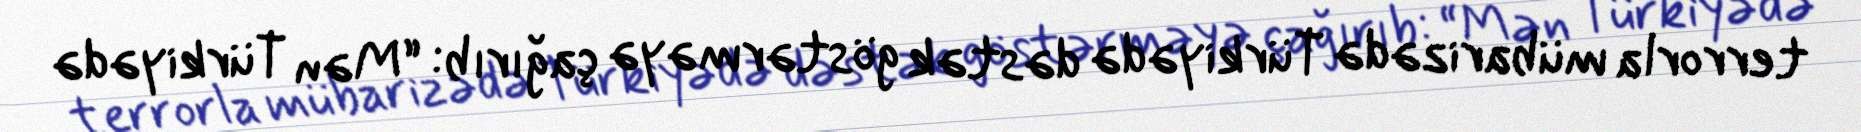
terrorla mübarizədə Türkiyədə dəstək göstərməyə çağırıb: “Mən Türkiyədə